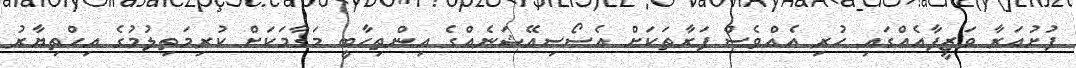
ފުށުއަރާ ވަޒީފާއެއްގައި ހުރި އެއްވެސް ފަރާތަކަށް އެސޯސިއޭޝަނެއްގެ އިންތިހާބީ މަގާމަކަށް ކުރިމަތިލުމުގެ އިހްތިޔާރު